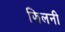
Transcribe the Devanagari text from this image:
झिलनी